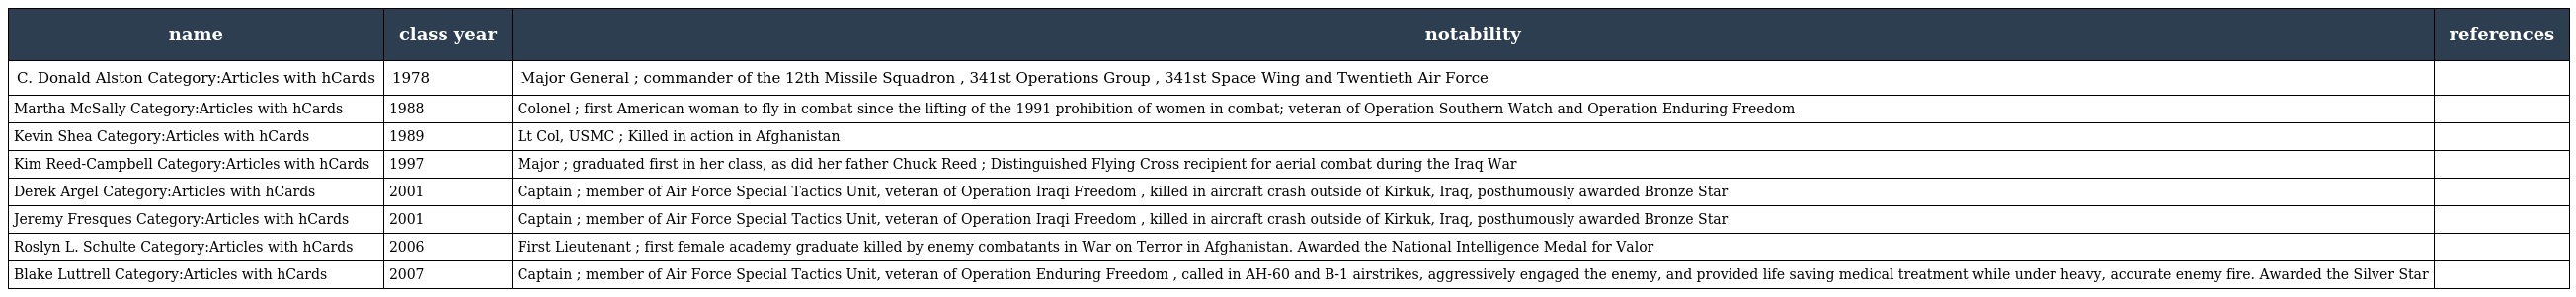
| name | class year | notability | references |
 | --- | --- | --- | --- |
 | C. Donald Alston Category:Articles with hCards | 1978 | Major General ; commander of the 12th Missile Squadron , 341st Operations Group , 341st Space Wing and Twentieth Air Force |  |
 | Martha McSally Category:Articles with hCards | 1988 | Colonel ; first American woman to fly in combat since the lifting of the 1991 prohibition of women in combat; veteran of Operation Southern Watch and Operation Enduring Freedom |  |
 | Kevin Shea Category:Articles with hCards | 1989 | Lt Col, USMC ; Killed in action in Afghanistan |  |
 | Kim Reed-Campbell Category:Articles with hCards | 1997 | Major ; graduated first in her class, as did her father Chuck Reed ; Distinguished Flying Cross recipient for aerial combat during the Iraq War |  |
 | Derek Argel Category:Articles with hCards | 2001 | Captain ; member of Air Force Special Tactics Unit, veteran of Operation Iraqi Freedom , killed in aircraft crash outside of Kirkuk, Iraq, posthumously awarded Bronze Star |  |
 | Jeremy Fresques Category:Articles with hCards | 2001 | Captain ; member of Air Force Special Tactics Unit, veteran of Operation Iraqi Freedom , killed in aircraft crash outside of Kirkuk, Iraq, posthumously awarded Bronze Star |  |
 | Roslyn L. Schulte Category:Articles with hCards | 2006 | First Lieutenant ; first female academy graduate killed by enemy combatants in War on Terror in Afghanistan. Awarded the National Intelligence Medal for Valor |  |
 | Blake Luttrell Category:Articles with hCards | 2007 | Captain ; member of Air Force Special Tactics Unit, veteran of Operation Enduring Freedom , called in AH-60 and B-1 airstrikes, aggressively engaged the enemy, and provided life saving medical treatment while under heavy, accurate enemy fire. Awarded the Silver Star |  |